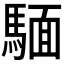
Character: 𫘏